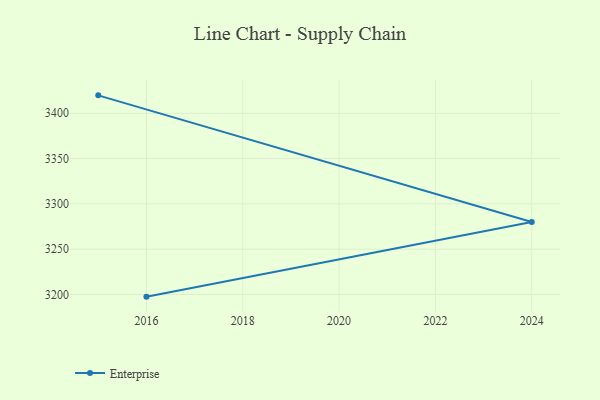
{"axis": {"x": "Year", "y": "Humidity (%)"}, "legend": ["Enterprise"], "data": [{"x": "2015", "y": 3419.8, "type": "Enterprise"}, {"x": "2024", "y": 3280.0, "type": "Enterprise"}, {"x": "2016", "y": 3197.6, "type": "Enterprise"}]}